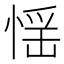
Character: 𢝾